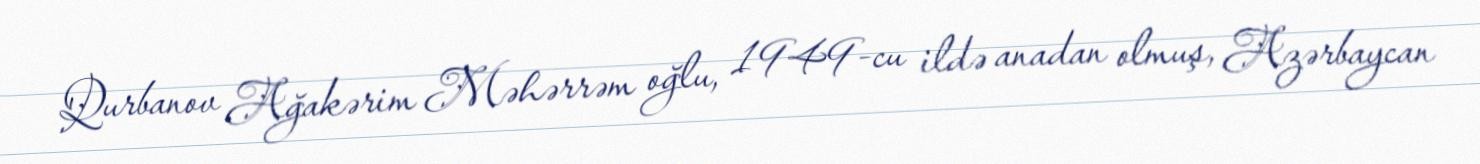
Qurbanov Ağakərim Məhərrəm oğlu, 1949-cu ildə anadan olmuş, Azərbaycan